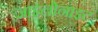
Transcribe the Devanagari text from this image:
जाइलोनाइट